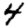
Digit: 4